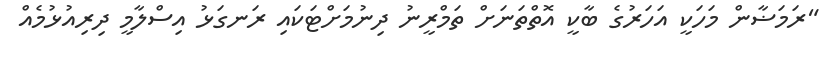
"ރަމަޟާން މަހަކީ އަހަރުގެ ބާކީ އޮތްތަނަށް ތަމްރީނު ދިނުމަށްޓަކައި ރަނގަޅު އިސްލާމީ ދިރިއުޅުމެއް